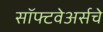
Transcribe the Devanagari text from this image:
सॉफ्टवेअर्सचे